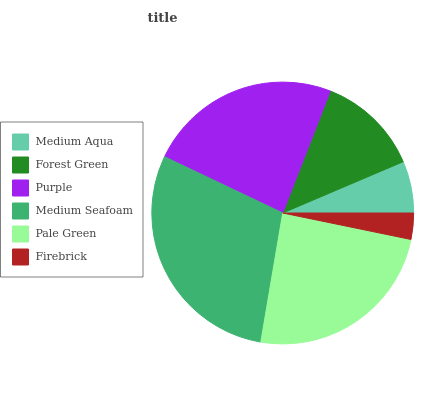
| Medium Aqua | Forest Green | Purple | Medium Seafoam | Pale Green | Firebrick |
 | --- | --- | --- | --- | --- | --- |
 | 6.39% | 12.7% | 23.8% | 29.4% | 24.5% | 3.24% |